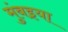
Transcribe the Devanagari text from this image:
मुंबइया